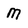
Character: m